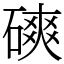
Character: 磢